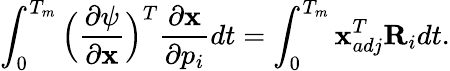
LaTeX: \int_{0}^{T_{m}}\Big(\frac{\partial\psi}{\partial\textbf{x}}\Big)^{T}\frac{\partial\textbf{x}}{\partial p_{i}}dt=\int_{0}^{T_{m}}\textbf{x}_{adj}^{T}\textbf{R}_{i}dt.